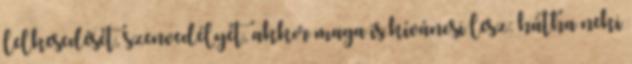
lelkesedését, szenvedélyét, akkor maga is kíváncsi lesz: hátha neki